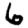
Digit: 6